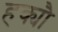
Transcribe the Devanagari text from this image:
हक्यौ